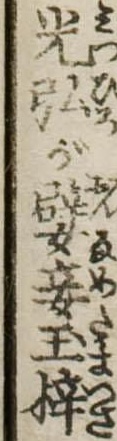
光弘が嬖妾玉梓